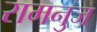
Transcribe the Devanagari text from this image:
रामनुज